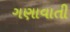
ગણાવાતી